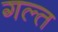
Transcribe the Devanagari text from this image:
गल्त